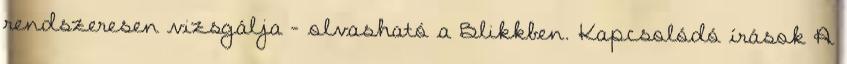
rendszeresen vizsgálja – olvasható a Blikkben. Kapcsolódó írások A